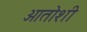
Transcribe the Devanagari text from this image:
ओतोशी